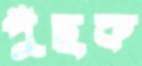
পুঁছক